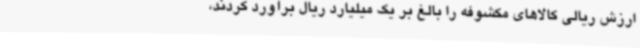
ارزش ریالی کالاهای مکشوفه را بالغ بر یک میلیارد ریال برآورد کردند،